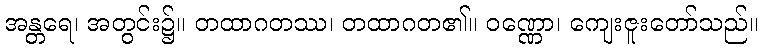
အန္တရေ၊ အတွင်း၌။ တထာဂတဿ၊ တထာဂတ၏။ ဝဏ္ဏော၊ ကျေးဇူးတော်သည်။